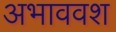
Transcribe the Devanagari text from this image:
अभाववश